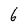
Character: 6